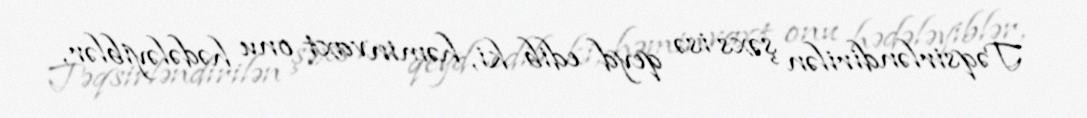
Təqsirləndirilən şəxs isə qeyd edib ki, həmin vaxt onu hədələyiblər,